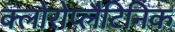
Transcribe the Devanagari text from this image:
क्लोरोप्लैटिनिक